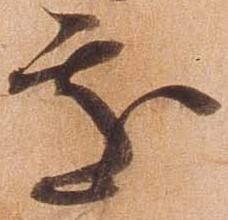
処